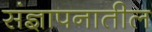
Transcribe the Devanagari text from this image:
संज्ञापनातील